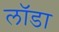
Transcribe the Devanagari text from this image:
लॉडा